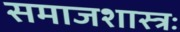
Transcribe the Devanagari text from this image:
समाजशास्त्रः